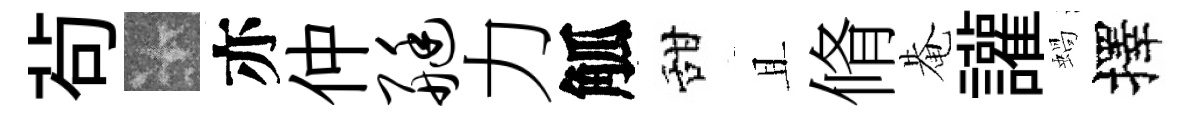
茍卡亦仲艇力觚甜且脩𤲅讙蝸擇